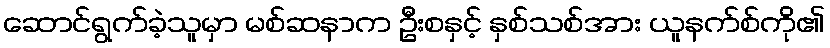
ဆောင်ရွက်ခဲ့သူမှာ မစ်ဆနာက ဦးစနှင့် နှစ်သစ်အား ယူနက်စ်ကို၏